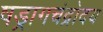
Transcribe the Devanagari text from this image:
षड्रागचंद्रोदय